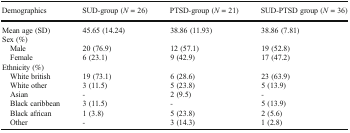
<table><thead><tr><td><b>Demographics</b></td><td><b>SUD-group (<i>N</i> = 26)</b></td><td><b>PTSD-group (<i>N</i> = 21)</b></td><td><b>SUD-PTSD group (<i>N</i> = 36)</b></td></tr></thead><tbody><tr><td>Mean age (SD)</td><td>45.65 (14.24)</td><td>38.86 (11.93)</td><td>38.86 (7.81)</td></tr><tr><td colspan="4">Sex (%)</td></tr><tr><td> Male</td><td>20 (76.9)</td><td>12 (57.1)</td><td>19 (52.8)</td></tr><tr><td> Female</td><td>6 (23.1)</td><td>9 (42.9)</td><td>17 (47.2)</td></tr><tr><td colspan="4">Ethnicity (%)</td></tr><tr><td> White british</td><td>19 (73.1)</td><td>6 (28.6)</td><td>23 (63.9)</td></tr><tr><td> White other</td><td>3 (11.5)</td><td>5 (23.8)</td><td>5 (13.9)</td></tr><tr><td> Asian</td><td>-</td><td>2 (9.5)</td><td>-</td></tr><tr><td> Black caribbean</td><td>3 (11.5)</td><td>-</td><td>5 (13.9)</td></tr><tr><td> Black african</td><td>1 (3.8)</td><td>5 (23.8)</td><td>2 (5.6)</td></tr><tr><td> Other</td><td>-</td><td>3 (14.3)</td><td>1 (2.8)</td></tr></tbody></table>